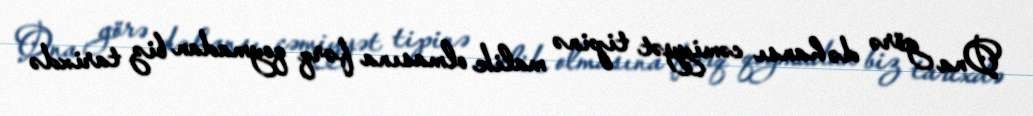
Ona görə də hansı cəmiyyət tipinə malik olmasına fərq qoymadan biz tarixdə